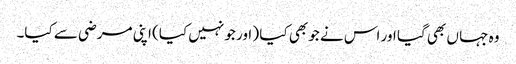
وہ جہا ں بھی گیا اور اس نے جو بھی کیا ( اور جو نہیں کیا) اپنی مرضی سے کیا۔